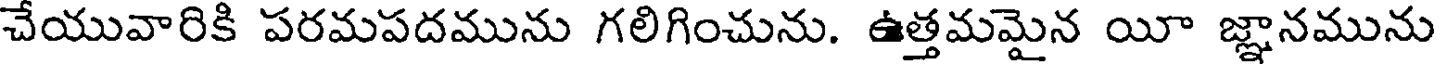
చేయువారికి పరమపదమును గలిగించును. ఉత్తమమైన యీ జ్ఞానమును